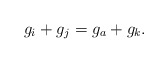
\begin{align*}g_i+g_j=g_a+g_k.\end{align*}